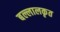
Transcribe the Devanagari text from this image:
बल्लालकृत